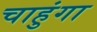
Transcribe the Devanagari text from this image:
चाहुंगा